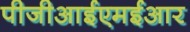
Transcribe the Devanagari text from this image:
पीजीआईएमईआर